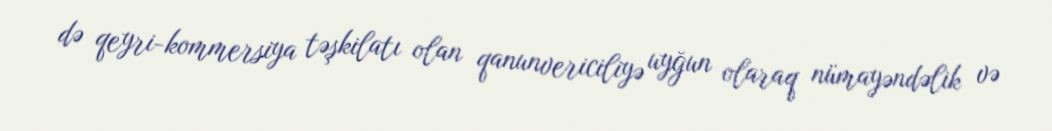
də qeyri-kommersiya təşkilatı olan qanunvericiliyə uyğun olaraq nümayəndəlik və